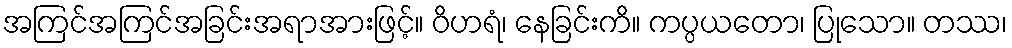
အကြင်အကြင်အခြင်းအရာအားဖြင့်။ ဝိဟရံ၊ နေခြင်းကိ။ ကပ္ပယတော၊ ပြုသော။ တဿ၊